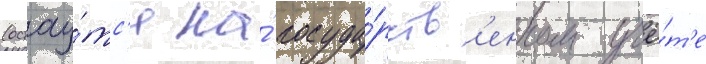
(остау́тс'я на́ госуда́рств'енном учё́т'е